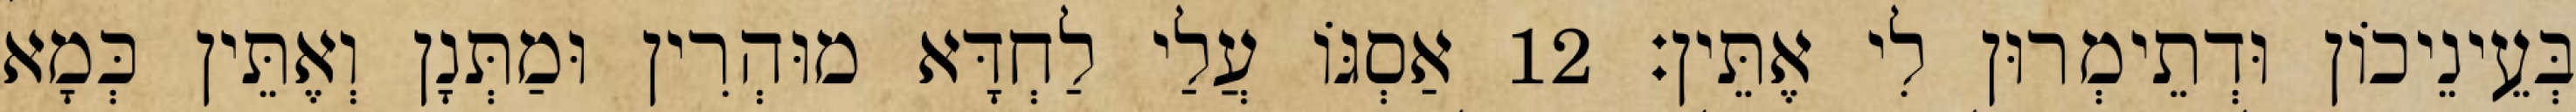
בְּעֵינֵיכוֹן וּדְתֵימְרוּן לִי אֶתֵּין׃ 12 אַסְגּוֹ עֲלַי לַחְדָּא מוּהְרִין וּמַתְּנָן וְאֶתֵּין כְּמָא